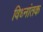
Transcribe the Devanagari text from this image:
विध्नांतक